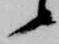
候